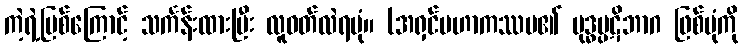
ကဲ့ရဲ့ပြစ်ကြောင့် သင်္ကန်းထားပြီး လူဝတ်လဲရပုံ။ (အရှင်မဟာကဿပ၏ ဗုဒ္ဓပ္ပဋိဘာဂ ဖြစ်ပုံကို